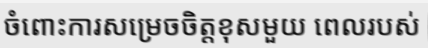
ចំពោះការសម្រេចចិត្តខុសមួយ ពេលរបស់